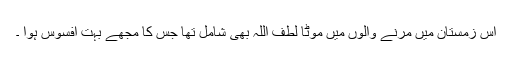
اس زمستان میں مرنے والوں میں موٹا لطف اللہ بھی شامل تھا جس کا مجھے بہت افسوس ہوا ۔